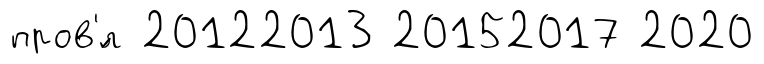
пров'́л 20122013 20152017 2020